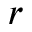
r